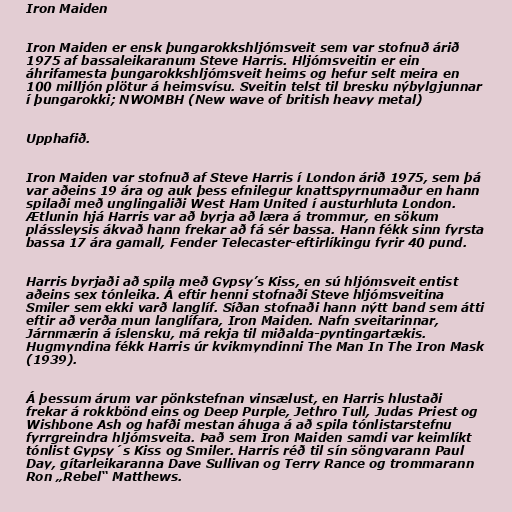
Iron Maiden

Iron Maiden er ensk þungarokkshljómsveit sem var stofnuð árið
1975 af bassaleikaranum Steve Harris. Hljómsveitin er ein
áhrifamesta þungarokkshljómsveit heims og hefur selt meira en
100 milljón plötur á heimsvísu. Sveitin telst til bresku nýbylgjunnar
í þungarokki; NWOMBH (New wave of british heavy metal)

Upphafið.

Iron Maiden var stofnuð af Steve Harris í London árið 1975, sem þá
var aðeins 19 ára og auk þess efnilegur knattspyrnumaður en hann
spilaði með unglingaliði West Ham United í austurhluta London.
Ætlunin hjá Harris var að byrja að læra á trommur, en sökum
plássleysis ákvað hann frekar að fá sér bassa. Hann fékk sinn fyrsta
bassa 17 ára gamall, Fender Telecaster-eftirlíkingu fyrir 40 pund.

Harris byrjaði að spila með Gypsy’s Kiss, en sú hljómsveit entist
aðeins sex tónleika. Á eftir henni stofnaði Steve hljómsveitina
Smiler sem ekki varð langlíf. Síðan stofnaði hann nýtt band sem átti
eftir að verða mun langlífara, Iron Maiden. Nafn sveitarinnar,
Járnmærin á íslensku, má rekja til miðalda-pyntingartækis.
Hugmyndina fékk Harris úr kvikmyndinni The Man In The Iron Mask
(1939).

Á þessum árum var pönkstefnan vinsælust, en Harris hlustaði
frekar á rokkbönd eins og Deep Purple, Jethro Tull, Judas Priest og
Wishbone Ash og hafði mestan áhuga á að spila tónlistarstefnu
fyrrgreindra hljómsveita. Það sem Iron Maiden samdi var keimlíkt
tónlist Gypsy´s Kiss og Smiler. Harris réð til sín söngvarann Paul
Day, gítarleikaranna Dave Sullivan og Terry Rance og trommarann
Ron „Rebel“ Matthews.